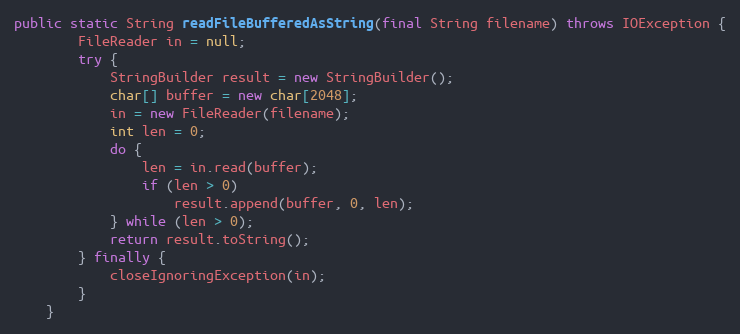
Language: Java
public static String readFileBufferedAsString(final String filename) throws IOException {
		FileReader in = null;
		try {
			StringBuilder result = new StringBuilder();
			char[] buffer = new char[2048];
			in = new FileReader(filename);
			int len = 0;
			do {
				len = in.read(buffer);
				if (len > 0)
					result.append(buffer, 0, len);
			} while (len > 0);
			return result.toString();
		} finally {
			closeIgnoringException(in);
		}
	}